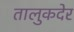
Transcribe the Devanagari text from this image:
तालुकदेर